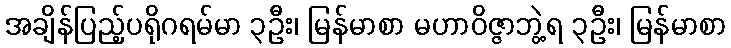
အချိန်ပြည့်ပရိုဂရမ်မာ ၃ဦး၊ မြန်မာစာ မဟာဝိဇ္ဇာဘွဲ့ရ ၃ဦး၊ မြန်မာစာ